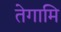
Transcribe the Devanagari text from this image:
तेगामि